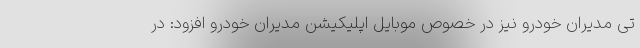
تی مدیران خودرو نیز در خصوص موبایل اپلیکیشن مدیران خودرو افزود: در